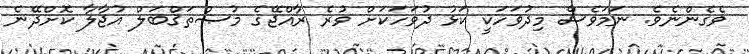
ވެގެންނެވެ. ނަމަވެސް މިދުވަހަކީ ކަޅު ދުވަހަކަށް ވުރެ ރާއްޖޭގެ މުޞްތަޤްބަލް އުޖާލާ ކޮށްދޭނެ